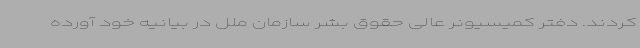
کردند. دفتر کمیسیونر عالی حقوق بشر سازمان ملل در بیانیه خود آورده